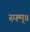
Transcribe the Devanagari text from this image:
स्फ्म्॥